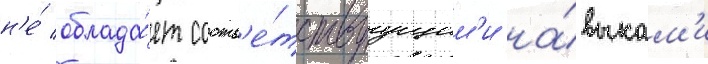
н'е́ облада́ет соотв'е́тствуущим'и на́выкам'и